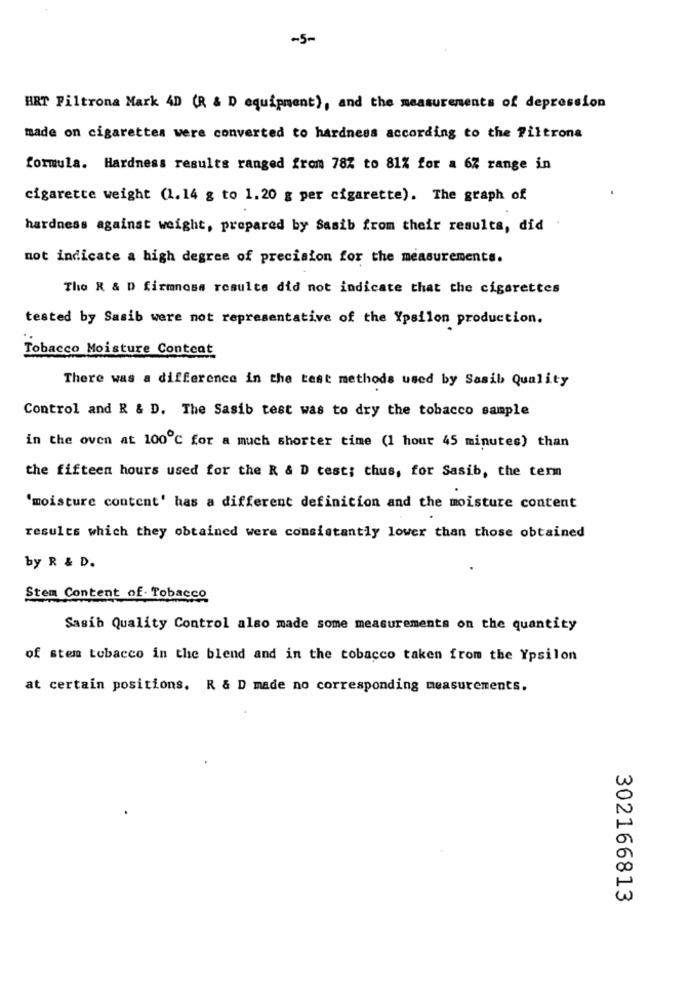
-5-
HRT Piltrona Mark 4D (R & D equipment), and the measurements of depression
made on cigarettes were converted to hardness according to the Filtrona
formula. Hardness results ranged from 78% to 81% for a 6% range in
cigarette weight (1.14 g to 1.20 g per cigarette). The graph of
hardness against weight, prepared by Sasib from their results, did
not indicate a high degree of precision for the measurements.
The R & D firmnosa resulte did not indicate that the cigarettes
tested by Sasib were not representative of the Ypsilon production.
Tobacco Moisture Content
There was a difference in the test methods used by Sasib Quality
Control and R & D. The Sasib test was to dry the tobacco sample
in the oven at 100℃ for a much shorter time (1 hour 45 minutes) than
the fifteen hours used for the R & D test; thus, for Sasib, the term
'moisture content' has a different definition and the moisture content
results which they obtained were consistantly lower than those obtained
by R & D.
Stem Content of. Tobacco
Sasib Quality Control also made some measurements on the quantity
of stem tobacco in the blend and in the tobacco taken from the Ypsilon
at certain positions. R & D made no corresponding measurements.
302166813